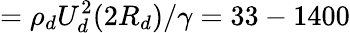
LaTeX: =\rho_{d}U_{d}^{2}(2R_{d})/\gamma=33-1400